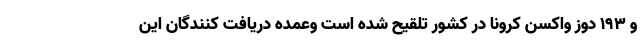
و ۱۹۳ دوز واکسن کرونا در کشور تلقیح شده است وعمده دریافت کنندگان این